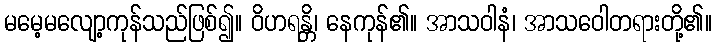
မမေ့မလျော့ကုန်သည်ဖြစ်၍။ ဝိဟရန္တိ၊ နေကုန်၏။ အာသဝါနံ၊ အာသဝေါတရားတို့၏။